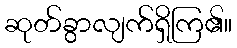
ဆုတ်ခွာလျက်ရှိကြ၏။